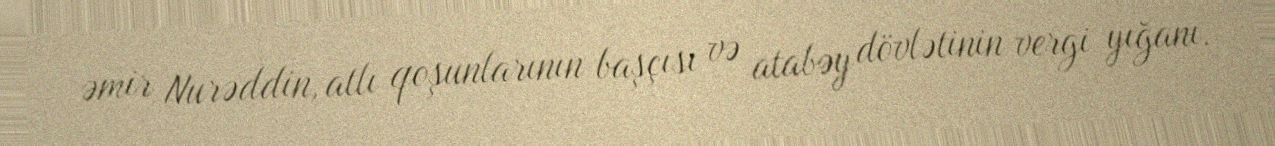
əmir Nurəddin, atlı qoşunlarının başçısı və atabəy dövlətinin vergi yığanı.